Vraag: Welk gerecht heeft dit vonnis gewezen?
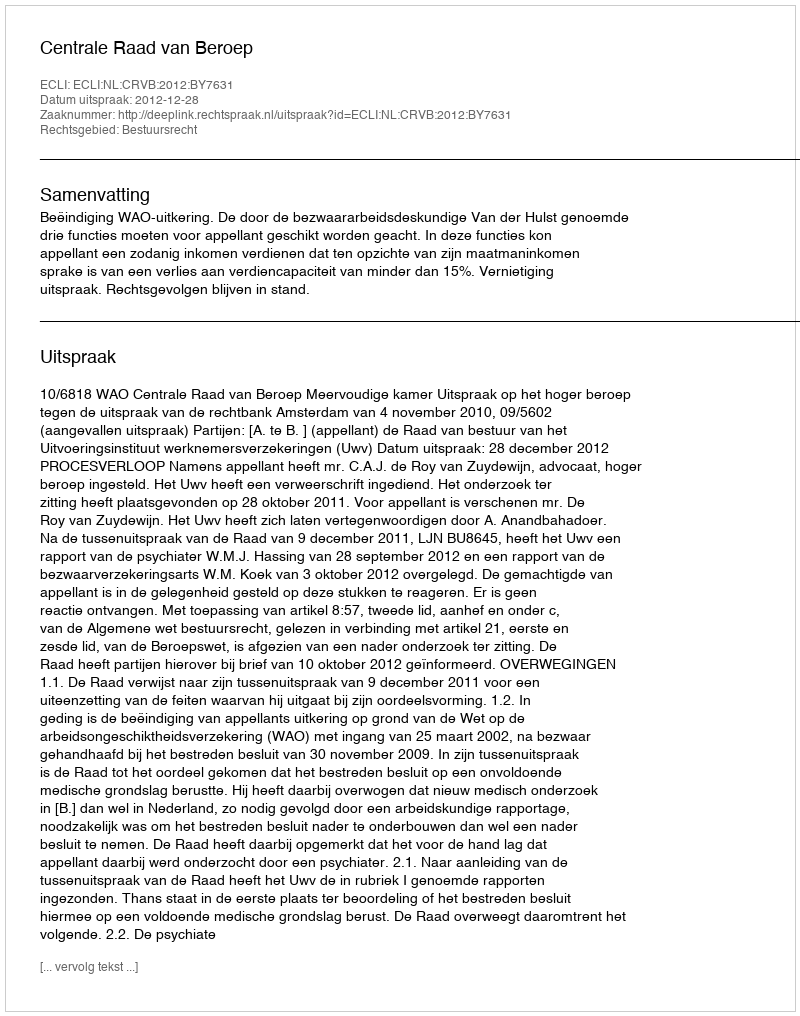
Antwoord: Centrale Raad van Beroep